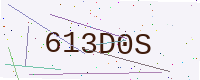
Text: 613D0S